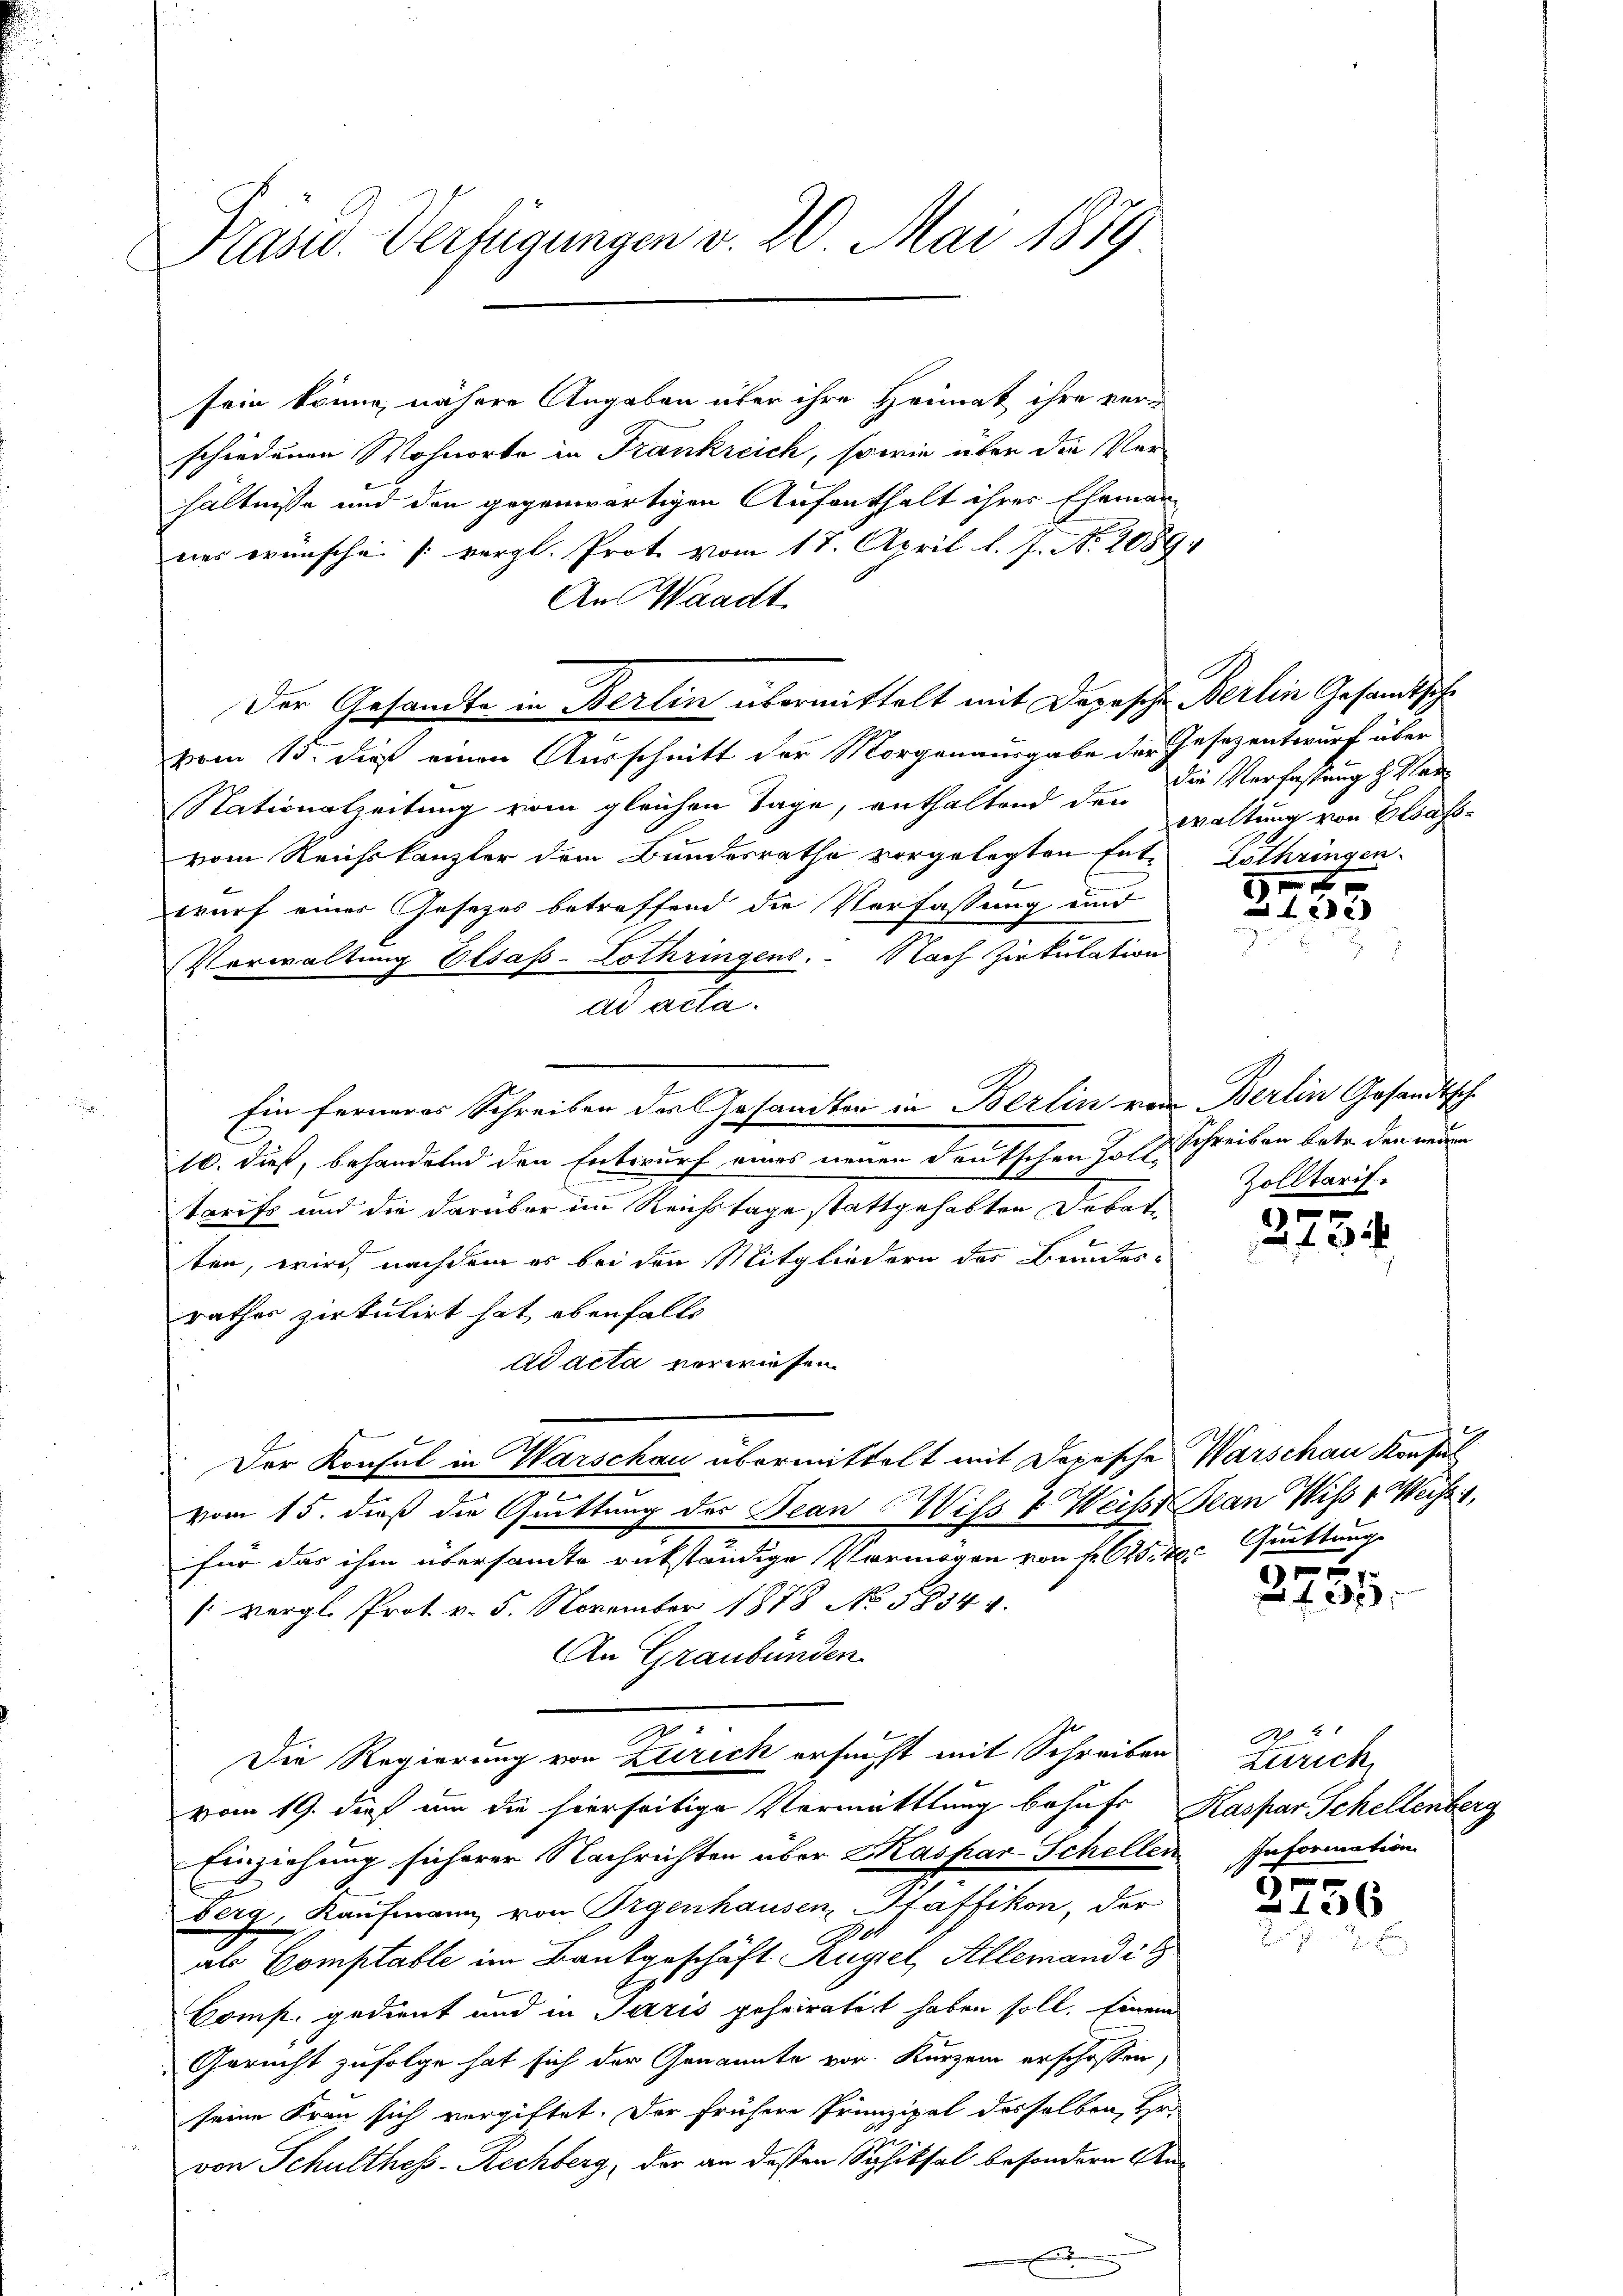
Präsid. Verfügungen v. 20. Mai 1889

sein könne, nähere Angaben über ihre Heimat ihre verschiedenen Wohnorte in Frankreich, sowie über die Ver-
hältnisse und den gegenwärtigen Aufenthalt ihrer Eheman
ner wünschen [vergl. Prot. vom 17. April l. J. No. 2089
An Waadt.
Der Gesandte in Berlin übermittelt mit Depesche Berlin Gesandtsche
vom 15. dieß einen Ausschnitt der Morgenausgabe der Gesezentwurf über
Nationalzeitung vom gleichen Tage, enthaltend den die Verfassung zu Vervom Reichskanzler dem Bundesrathe vorgelegten Ent-Lothringen.
wurf eines Gesezes betreffend die Verfassung und
Verwaltung Elsaß-Lothringens. Nach Zirkulation
di acta.
Ein ferneres Schreiben der Gesandten in Berlin von Berlin Gesandtsche
10. dieß, behandelnd den Entwurf eines neuen deutschen Zoll Schreiben betr. den neuen
Tarifs und die darüber im Reichstage stattgehabten Debat
ten, wird, nachdem es bei den Mitgliedern der Bundes-
rathes zirkulirt hat ebenfalls
Ad acta vorwiesen.
Der Konsul in Warschau übermittelt mit Depesche Warschau Konsul
vom 15. dieß die Quittung der Jean Wisst Weiss, Jean Wiss v. Weisst.
für das ihm übersamte rükständige Vermögen von fr. 25 te
[: vergl. Prot. v. 5. November 1878 No 5834. 4.
An Graubünden
Die Regierung von Zürich ersucht mit Schreiben 22.
vom 19. dieß um die hierseitige Vormittlung behufs Kaspar Schellenberg
Einziehung sicherer Nachrichten über 2 Kaspar Schellen
Berg, Kaufmann von Orgenhausen, Pfaffikon, der
als Comptable im Bankgeschäft Regel, Allemandit
Comp. gedient und in Paris geheiratet haben soll. Einem
Gericht zufolge hat sich der Genannte vor. Kurzem erschossen,
seine Frau sich vergiftet. Der frühere Prinzipal desselben Hr.
von Schulthess-Rechberg, der an dessen Sophiksal besondern An-
x

waltung von Elsass-

123

Zolltarif

.
 20 x

Quittung

r
3431.

Zürich
Information

1 f 0
2 x